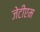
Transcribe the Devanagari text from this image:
जेटीएम